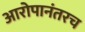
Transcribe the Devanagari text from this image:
आरोपानंतरच